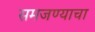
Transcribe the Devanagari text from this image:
समजण्याचा